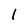
Character: 1